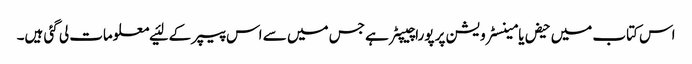
اس کتاب میں‌ حیض یا مینسٹرویشن پر پورا چیپٹر ہے جس میں‌ سے اس پیپر کے لئیے معلومات لی گئی ہیں۔